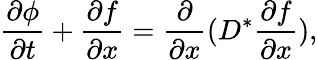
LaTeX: \frac{\partial\phi}{\partial t}+\frac{\partial f}{\partial x}=\frac{\partial}{\partial x}(D^{\ast}\frac{\partial f}{\partial x}),